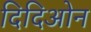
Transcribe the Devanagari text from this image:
दिदिओन